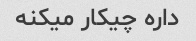
داره چیکار میکنه